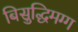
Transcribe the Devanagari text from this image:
बिसुद्धिमग्ग